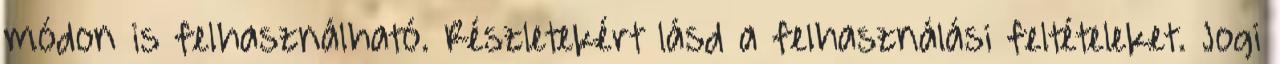
módon is felhasználható. Részletekért lásd a felhasználási feltételeket. Jogi